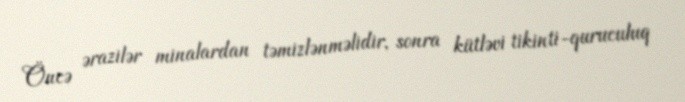
Öncə ərazilər minalardan təmizlənməlidir, sonra kütləvi tikinti-quruculuq